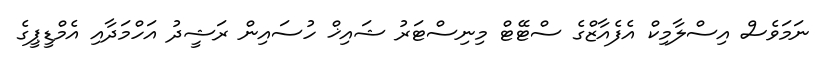
ނަމަވެސް އިސްލާމިކް އެފެއާޒްގެ ސްޓޭޓް މިނިސްޓަރު ޝައިޚް ހުސައިން ރަޝީދު އަހްމަދާއި އެމްޑީޕީގެ